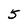
Character: 5